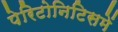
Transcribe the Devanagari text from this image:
पेरिटोनिटिसमें